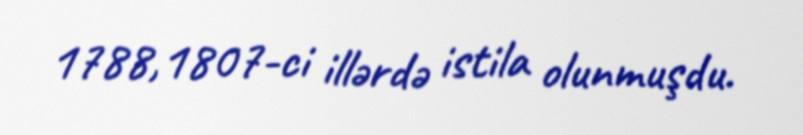
1788,1807-ci illərdə istila olunmuşdu.